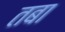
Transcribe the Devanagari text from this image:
तबा